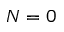
N = 0